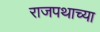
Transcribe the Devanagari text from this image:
राजपथाच्या